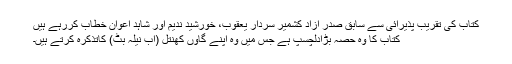
کتاب کی تقریب پذیرائی سے سابق صدر آزاد کشمیر سردار یعقوب، خورشید ندیم اور شاہد اعوان خطاب کررہے ہیں
کتاب کا وہ حصّہ بڑادلچسپ ہے جس میں وہ اپنے گاؤں کھنتل (اب نیلہ بٹ) کاتذکرہ کرتے ہیں۔